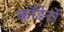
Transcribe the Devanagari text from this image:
कॉर्डेटों